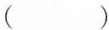
( )